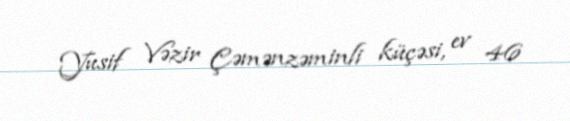
Yusif Vəzir Çəmənzəminli küçəsi, ev 46